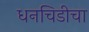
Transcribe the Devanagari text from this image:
धनचिडीचा